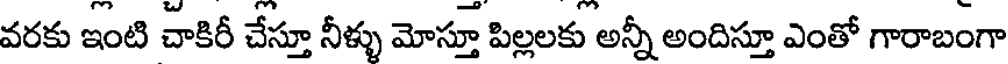
వరకు ఇంటి చాకిరీ చేస్తూ నీళ్ళు మోస్తూ పిల్లలకు అన్నీ అందిస్తూ ఎంతో గారాబంగా